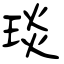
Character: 琰